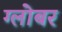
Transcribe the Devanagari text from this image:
ग्लोबर